Lunatic asylums in Bengal annual reports 1888-1898 - 1888-1898
Year: 1888
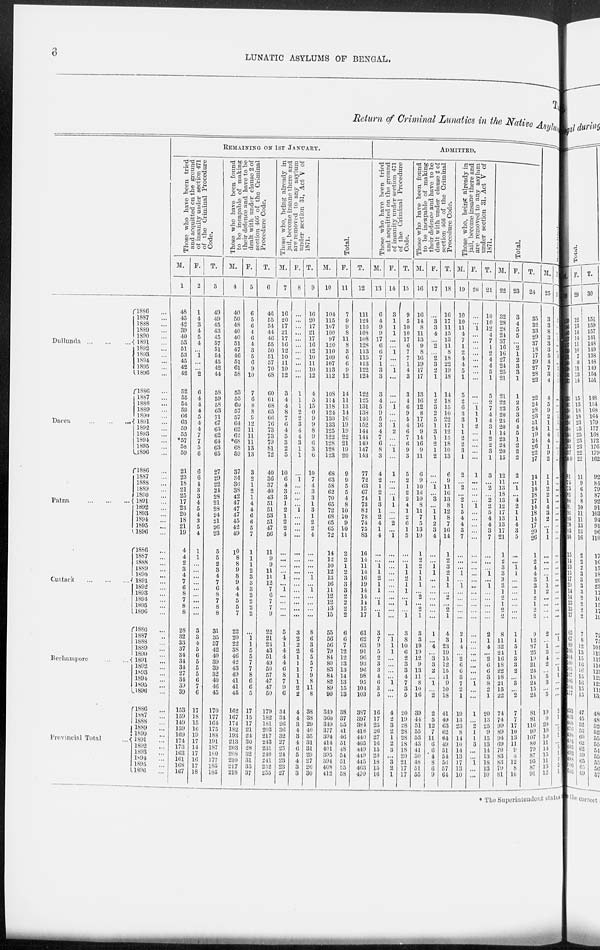
6
LUNATIC ASYLUMS OF BENGAL.
TA
Return of Criminal Lunatics in the Native Asylum
Dullunda
...
...
...
Dacca
...
...
...
Patna
...
...
...
Cuttack
...
...
...
Berhampore
...
...
Provincial Total ...
1886 ...
1887 ...
1888 ...
1889 ...
1890 ...
1891 ...
1892 ...
1893 ...
1894 ...
1895 ...
1896 ...
1886 ...
1887 ...
1888 ...
1889 ...
1890 ...
1891 ...
1892 ...
1893 ...
1894 ...
1895 ...
1896 ...
1886 ...
1887 ...
1888 ...
1889 ...
1890 ...
1891 ...
1892 ...
1893 ...
1894 ...
1895 ...
1896 ...
1886 ...
1887 ...
1888 ...
1889 ...
1890 ...
1891 ...
1892 ...
1893 ...
1894 ...
1895 ...
1896 ...
1886 ...
1887 ...
1888 ...
1889 ...
1890 ...
1891 ...
1892 ...
1893 ...
1894 ...
1895 ...
1896 ...
1886 ...
1887 ...
1888 ...
1889 ...
1890 ...
1891 ...
1892 ...
1893 ...
1894 ...
1895 ...
1896 ...
REMAINING ON 1ST JANUARY.
Those who have been tried
and acquitted on the ground
of insanity under section 471
of the Criminal Procedure
Code.
M.
1
48
45
42
39
40
53
51
53
45
42
42
52
55
54
59
66
63
59
55
*57
58
59
21
23
18
21
25
17
23
20
18
21
19
4
4
2
3
4
7
6
8
7
8
8
28
32
33
37
34
34
34
27
34
39
39
153
159
149
159
169
174
173
163
161
168
167
F.
2
1
4
3
4
5
4
...
1
...
...
2
6
4
4
4
5
4
4
7
7
5
6
6
6
4
3
3
4
5
4
3
5
4
1
1
...
...
...
...
...
...
...
...
...
3
3
4
5
6
5
5
5
6
7
6
17
18
15
16
19
17
14
17
16
17
18
T.
3
49
49
45
43
45
57
51
54
45
42
44
58
59
58
63
71
67
63
62
64
63
65
27
29
22
24
28
21
28
24
21
26
23
5
5
2
3
4
7
6
8
7
8
8
31
35
37
42
40
39
39
32
40
40
45
170
177
164
175
188
191
187
180
177
185
185
Those who have been found
to be incapable of making
their defence and have to be
dealt with under clause 2 of
section 460 of the Criminal
Procedure Code.
M.
4
40
50
48
40
40
51
47
46
51
61
58
53
55
60
57
57
64
62
62
*68
68
59
37
34
36
38
42
47
47
47
45
42
49
10
8
8
9
8
9
4
4
5
5
7
22
20
22
38
46
42
43
49
41
41
45
162
167
174
182
193
213
203
208
210
217
218
F.
5
6
5
6
4
6
4
3
5
6
9
10
7
6
8
8
9
12
11
11
11
13
13
3
2
1
2
1
4
4
6
6
5
7
1
1
1
2
3
3
3
2
2
2
2
...
... 1
5
5
7
7
8
6
6
5
17
15
17
21
24
30
28
32
31
35
37
T.
6
46
55
54
44
46
55
50
51
57
70
68
60
61
68
65
66
76
73
73
79
81
72
40
36
37
40
43
51
51
53
51
47
56
11
9
9
11
11
12
7
6
7
7
9
22
21
23
43
51
49
50
57
47
47
50
179
182
181
203
217
243
231
240
241
252
255
Those who, being already in
jail, become insane there and
are removed to any asylum
under section 31, Act V of
1871.
M.
7
16
20
17
21
17
16
12
10
11
10
12
3
4
14
8
7
6
4
5
3
2
5
10
6
4
3
3
1
2
1
2
2
4
...
...
...
...
1
...
1
...
...
...
...
5
4
1
4
4
4
6
8
7
9
6
34
34
26
36
32
27
25
24
23
23
27
F.
8
...
...
...
...
...
...
...
...
...
...
...
1
1
1
2
2
3
4
4
3
1
1
...
1
...
...
...
...
1
...
...
...
...
...
...
...
...
...
...
...
...
...
...
...
3
2
2
2
1
1
1
1
1
2
2
4
4
3
4
3
4
6
5
4
3
3
T.
9
16
20
17
21
17
16
12
10
11
10
12
4
5
15
0
9
9
8
9
6
3
6
10
7
4
3
3
1
3
1
2
2
4
...
...
...
...
1
...
1
...
...
...
...
8
6
3
6
5
5
7
9
8
11
8
38
38
29
40
35
31
31
29
27
26
30
Total.
M.
10
104
115
107
100
97
120
110
109
107
113
112
108
114
118
124
130
133
125
122
128
128
123
68
63
58
62
70
65
72
68
65
65
72
14
12
10
12
13
16
11
12
12
13
15
55
56
56
79
84
80
83
84
82
89
90
349
360
349
377
394
414
401
395
394
408
412
F.
11
7
9
9
8
11
8
3
6
6
9
12
14
11
13
14
16
19
19
22
21
19
20
9
9
5
5
4
8
10
10
9
10
11
2
2
1
2
3
3
3
2
2
2
2
6
6
7
12
12
13
13
14
13
15
13
38
37
35
41
46
51
48
54
51
55
58
T.
12
111
124
116
108
108
128
113
115
113
122
124
122
125
131
138
146
152
144
144
149
147
143
77
72
63
67
74
73
82
78
74
75
83
16
14
11
14
16
19
14
14
14
15
17
61
62
63
91
96
93
96
98
95
104
103
387
397
384
418
440
465
449
449
445
463
470
ADMITTED.
Those who have been tried
and acquitted on the ground
of insanity under section 471
of the Criminal Procedure
Code.
M.
13
6
4
9
9
17
6
6
7
1
3
3
3
4
5
9
5
3
4
7
6
8
3
4
2
1
2
1
3
1
2
4
1
4
...
...
1
1
2
1
1
...
1
...
1
3
7
9
5
2
3
3
4
6
3
5
16
17
25
26
27
16
15
20
18
15
16
F.
14
3
1
1
1
...
...
1
...
...
1
...
...
...
1
...
...
1 2
...
...
1
...
1
...
...
...
1
1
...
...
2
...
1
...
...
...
...
...
...
...
...
...
...
...
...
1 1
1
...
...
...
...
1
...
...
4
2
3
2
1
2
3
...
3
2
1
T.
15
9
5
10
10
17
6
7
7
1
4
3
3
4
6
9
5
4
6
7
6
9
3
5
2
1
2
2
4
1
2
6
1
5
...
...
1
1
2
1
1
...
1
...
1
3
8
10
6
2
3
3
4
7
3
5
20
19
28
28
28
18
18
20
21
17
17
Those who have been found
to be incapable of making
their defence and have to be
dealt with under clause 2 of
section 466 of the Criminal
Procedure Code.
M.
16
16
14
8
11
13
9
8
16
19
17
17
13
16
12
8
17
16
9
14
16
9
11
6
9
10
16
10
8
11
7
5
13
10
1
2
2
1
1
1
...
2
...
2
1
3
3
19
19
12
9
13
11
8
10
16
39
44
51
55
53
43
41
50
48
51
55
F.
17
...
3
3
4
...
2
...
2
3
2
1
1
2
3
2
5
1
3
1
2
1
2
...
...
1 ...
3
...
1
1
2
3
4
...
...
1
1
...
...
...
...
...
...
...
1
...
4
...
3
3
2
...
1
...
2
2
5
12
7
11
6
6
4
8
6
9
T.
18
16
17
11
15
13
11
8
18
22
19
18
14
18
15
10
22
17
12
15
18
10
13
6
9
11
16
13
8
12
8
7
16
14
1
2
3
2
1
1
...
2
...
2
1
4
3
23
19
15
12
15
11
9
10
18
41
49
63
62
64
49
51
54
56
57
64
Those who, being already in
jail, become insane there and
are removed to any asylum
under section 31, Act V of
1871.
M.
19
10
10
11
4
7
1
2
4
4
5
1
5
2
6
3
3
1
1
2
2
3
1
2
...
2
...
2
1
5
4
4
3
7
...
...
...
1
...
1
...
...
...
...
...
2
1
4
...
2
6
6
3
7
2
1
19
13
23
8
14
10
14
13
17
13
10
F.
20
...
...
1
...
...
...
...
...
...
...
...
...
...
1
1
1
2
...
...
...
...
...
1
...
...
...
...
1
...
...
...
...
...
...
...
...
...
...
...
...
...
...
...
...
...
...
...
...
...
...
...
...
1
...
...
1
...
2
1
1
3
...
...
1
...
...
T.
21
10
10
12
4
7
1
2
4
4
5
1
5
2
7
4
4
3
1
2
2
3
1
3
...
2
...
2
2
5
4
4
3
7
...
...
...
1
...
1
...
...
...
...
...
2
1
4
...
2
6
6
3
8
2
1
20
13
25
9
15
13
14
13
18
13
10
Total.
M.
22
32
28
28
24
37
16
16
27
24
25
21
21
22
23
20
25
20
14
23
24
20
15
12
11
13
18
13
12
17
13
13
17
21
1
2
3
3
3
3
1
2
1
2
2
8
11
32
24
16
18
22
18
21
15
22
74
74
99
89
94
69
70
83
83
79
81
F.
23
3
4
5
5
...
2
1
2
3
3
1
1
2
5
3
6
4
5
1
2
2
2
2
...
1
...
4
2
1
1
4
3
5
...
...
1
1
...
...
...
...
...
...
...
1
1
5
1
3
3
2
...
3
...
2
7
7
17
10
13
11
9
4
12
8
10
T.
24
35
32
33
29
37
18
17
29
27
28
22
22
24
28
23
31
24
19
24
26
22
17
14
11
14
18
17
14
18
14
17
20
26
1
2
4
4
3
3
1
2
1
2
2
9
12
37
25
19
21
24
18
24
15
24
81
81
116
99
107
80
79
87
95
87
91
Readmitted.
M.
25
3
3
8
3
3
3
5
4
7
3
4
4
5
9
2
1
1
4
4
1
9
2
1
1
2
2
1
4
3
2
...
1
1
...
...
...
...
1 1
2
...
...
...
...
2
...
1
3
4
2
...
5
3
...
5
10
9
20
10
10
11
14
15 11
13
12
F.
26
1
1
...
1
...
...
3
...
2
1
1
...
...
...
1 1
...
1
...
...
1
...
...
...
...
...
...
...
...
...
...
...
...
...
...
...
...
...
...
...
...
...
...
...
... 1
...
...
...
...
1
1
...
...
...
2
1
...
2
1
...
5
1
2
2
1
* The Superintendent states.